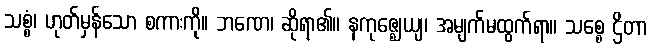
သစ္စံ၊ ဟုတ်မှန်သော စကားကို။ ဘဏေ၊ ဆိုရာ၏။ နကုဇ္ဈေယျ၊ အမျက်မထွက်ရာ။ သစ္စေ ဌိတာ